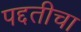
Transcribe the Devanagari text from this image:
पद्दतीचा